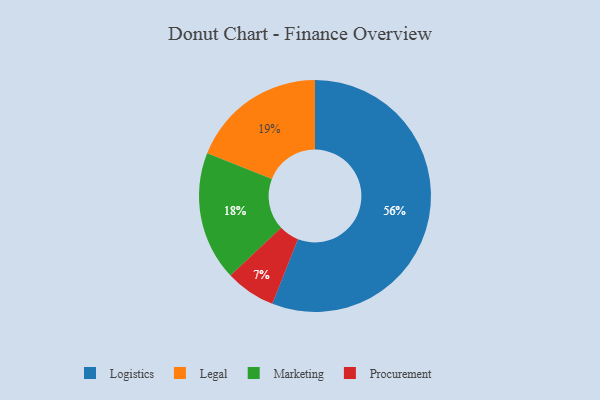
{"axis": {"x": "Category", "y": "Percentage"}, "legend": ["Legal", "Logistics", "Marketing", "Procurement"], "data": [{"x": "Marketing", "y": 18, "type": "Marketing"}, {"x": "Legal", "y": 19, "type": "Legal"}, {"x": "Procurement", "y": 7, "type": "Procurement"}, {"x": "Logistics", "y": 56, "type": "Logistics"}]}